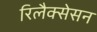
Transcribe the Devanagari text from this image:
रिलैक्सेसन